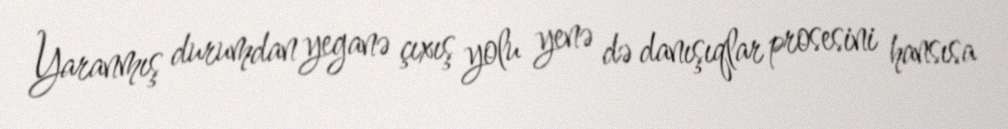
Yaranmış durumdan yeganə çıxış yolu yenə də danışıqlar prosesini hansısa